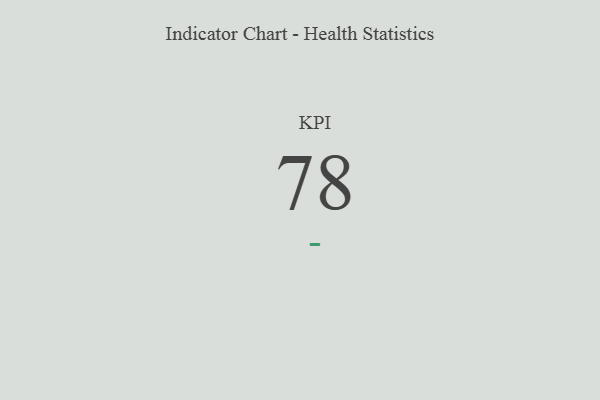
{"axis": {"x": "KPI", "y": "Value"}, "legend": [""], "data": [{"x": "KPI", "y": 78, "type": ""}]}